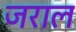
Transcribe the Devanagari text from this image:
जराल